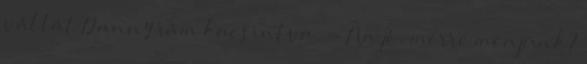
vállát Danny rám kacsintva. - Na jó, merre menjünk?